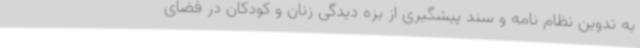
به تدوین نظام نامه و سند پیشگیری از بزه دیدگی زنان و کودکان در فضای